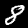
Digit: 8